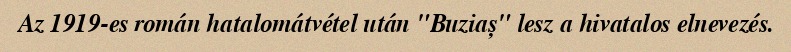
Az 1919-es román hatalomátvétel után "Buziaș" lesz a hivatalos elnevezés.